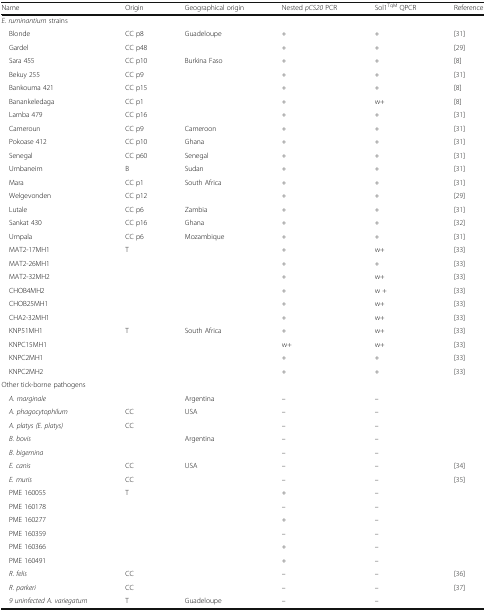
<table><thead><tr><td><b>Name</b></td><td><b>Origin</b></td><td><b>Geographical origin</b></td><td><b>Nested <i>pCS20</i> PCR</b></td><td><b>Sol1<sup>TqM</sup> QPCR</b></td><td><b>Reference</b></td></tr></thead><tbody><tr><td colspan="6"><i>E. ruminantium</i> strains</td></tr><tr><td> Blonde</td><td>CC p8</td><td rowspan="2">Guadeloupe</td><td>+</td><td>+</td><td>[31]</td></tr><tr><td> Gardel</td><td>CC p48</td><td>+</td><td>+</td><td>[29]</td></tr><tr><td> Sara 455</td><td>CC p10</td><td rowspan="5">Burkina Faso</td><td>+</td><td>+</td><td>[8]</td></tr><tr><td> Bekuy 255</td><td>CC p9</td><td>+</td><td>+</td><td>[31]</td></tr><tr><td> Bankouma 421</td><td>CC p15</td><td>+</td><td>+</td><td>[8]</td></tr><tr><td> Banankeledaga</td><td>CC p1</td><td>+</td><td>w+</td><td>[8]</td></tr><tr><td> Lamba 479</td><td>CC p16</td><td>+</td><td>+</td><td>[31]</td></tr><tr><td> Cameroun</td><td>CC p9</td><td>Cameroon</td><td>+</td><td>+</td><td>[31]</td></tr><tr><td> Pokoase 412</td><td>CC p10</td><td>Ghana</td><td>+</td><td>+</td><td>[31]</td></tr><tr><td> Senegal</td><td>CC p60</td><td>Senegal</td><td>+</td><td>+</td><td>[31]</td></tr><tr><td> Umbaneim</td><td>B</td><td>Sudan</td><td>+</td><td>+</td><td>[31]</td></tr><tr><td> Mara</td><td>CC p1</td><td rowspan="2">South Africa</td><td>+</td><td>+</td><td>[31]</td></tr><tr><td> Welgevonden</td><td>CC p12</td><td>+</td><td>+</td><td>[29]</td></tr><tr><td> Lutale</td><td>CC p6</td><td>Zambia</td><td>+</td><td>+</td><td>[31]</td></tr><tr><td> Sankat 430</td><td>CC p16</td><td>Ghana</td><td>+</td><td>+</td><td>[32]</td></tr><tr><td> Umpala</td><td>CC p6</td><td rowspan="7">Mozambique</td><td>+</td><td>+</td><td>[31]</td></tr><tr><td> MAT2-17MH1</td><td>T</td><td>+</td><td>w+</td><td>[33]</td></tr><tr><td> MAT2-26MH1</td><td></td><td>+</td><td>+</td><td>[33]</td></tr><tr><td> MAT2-32MH2</td><td></td><td>+</td><td>w+</td><td>[33]</td></tr><tr><td> CHOB4MH2</td><td></td><td>+</td><td>w +</td><td>[33]</td></tr><tr><td> CHOB25MH1</td><td></td><td>+</td><td>w+</td><td>[33]</td></tr><tr><td> CHA2-32MH1</td><td></td><td>+</td><td>w+</td><td>[33]</td></tr><tr><td> KNP51MH1</td><td>T</td><td rowspan="4">South Africa</td><td>+</td><td>w+</td><td>[33]</td></tr><tr><td> KNPC15MH1</td><td></td><td>w+</td><td>w+</td><td>[33]</td></tr><tr><td> KNPC2MH1</td><td></td><td>+</td><td>+</td><td>[33]</td></tr><tr><td> KNPC2MH2</td><td></td><td>+</td><td>+</td><td>[33]</td></tr><tr><td colspan="6">Other tick-borne pathogens</td></tr><tr><td> <i>A. marginale</i></td><td></td><td>Argentina</td><td>–</td><td>–</td><td></td></tr><tr><td> <i>A. phagocytophilum</i></td><td>CC</td><td rowspan="2">USA</td><td>–</td><td>–</td><td></td></tr><tr><td> <i>A. platys (E. platys)</i></td><td>CC</td><td>–</td><td>–</td><td></td></tr><tr><td> <i>B. bovis</i></td><td></td><td rowspan="2">Argentina</td><td>–</td><td>–</td><td></td></tr><tr><td> <i>B. bigemina</i></td><td></td><td>–</td><td>–</td><td></td></tr><tr><td> <i>E. canis</i></td><td>CC</td><td rowspan="10">USA</td><td>–</td><td>–</td><td>[34]</td></tr><tr><td> <i>E. muris</i></td><td>CC</td><td>–</td><td>–</td><td>[35]</td></tr><tr><td> PME 160055</td><td>T</td><td>+</td><td>–</td><td></td></tr><tr><td> PME 160178</td><td></td><td>–</td><td>–</td><td></td></tr><tr><td> PME 160277</td><td></td><td>+</td><td>–</td><td></td></tr><tr><td> PME 160359</td><td></td><td>–</td><td>–</td><td></td></tr><tr><td> PME 160366</td><td></td><td>+</td><td>–</td><td></td></tr><tr><td> PME 160491</td><td></td><td>+</td><td>–</td><td></td></tr><tr><td> <i>R. felis</i></td><td>CC</td><td>–</td><td>–</td><td>[36]</td></tr><tr><td> <i>R. parkeri</i></td><td>CC</td><td>–</td><td>–</td><td>[37]</td></tr><tr><td> <i>9 uninfected A. variegatum</i></td><td>T</td><td>Guadeloupe</td><td>–</td><td>–</td><td></td></tr></tbody></table>